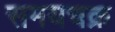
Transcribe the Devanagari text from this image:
समयचक्र